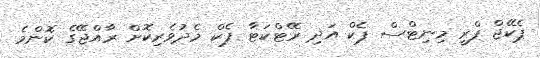
ޕެކޭޖް ފްރީ މިނިޓްސް ޕެކް އަދި ރޭޓްކަޓާ ޕެކް މެދުވެރިކޮށް ރާއްޖޭގެ ކޮންމެ